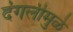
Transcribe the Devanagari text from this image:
दंगलीमुळे